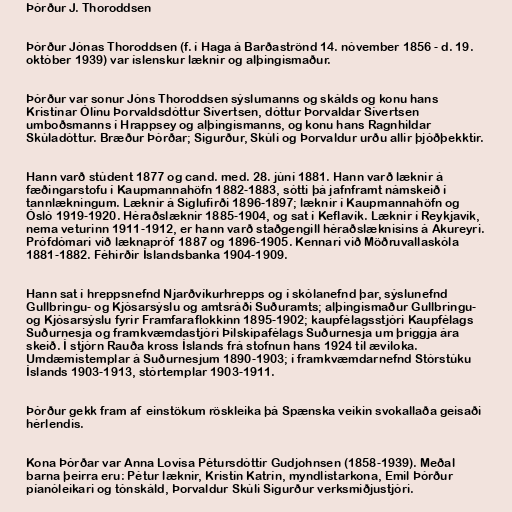
Þórður J. Thoroddsen

Þórður Jónas Thoroddsen (f. í Haga á Barðaströnd 14. nóvember 1856 - d. 19.
október 1939) var íslenskur læknir og alþingismaður.

Þórður var sonur Jóns Thoroddsen sýslumanns og skálds og konu hans
Kristínar Ólínu Þorvaldsdóttur Sívertsen, dóttur Þorvaldar Sívertsen
umboðsmanns í Hrappsey og alþingismanns, og konu hans Ragnhildar
Skúladóttur. Bræður Þórðar; Sigurður, Skúli og Þorvaldur urðu allir þjóðþekktir.

Hann varð stúdent 1877 og cand. med. 28. júní 1881. Hann varð læknir á
fæðingarstofu í Kaupmannahöfn 1882-1883, sótti þá jafnframt námskeið í
tannlækningum. Læknir á Siglufirði 1896-1897; læknir í Kaupmannahöfn og
Ósló 1919-1920. Héraðslæknir 1885-1904, og sat í Keflavík. Læknir í Reykjavík,
nema veturinn 1911-1912, er hann varð staðgengill héraðslæknisins á Akureyri.
Prófdómari við læknapróf 1887 og 1896-1905. Kennari við Möðruvallaskóla
1881-1882. Féhirðir Íslandsbanka 1904-1909.

Hann sat í hreppsnefnd Njarðvíkurhrepps og í skólanefnd þar, sýslunefnd
Gullbringu- og Kjósarsýslu og amtsráði Suðuramts; alþingismaður Gullbringu-
og Kjósarsýslu fyrir Framfaraflokkinn 1895-1902; kaupfélagsstjóri Kaupfélags
Suðurnesja og framkvæmdastjóri Þilskipafélags Suðurnesja um þriggja ára
skeið. Í stjórn Rauða kross Íslands frá stofnun hans 1924 til æviloka.
Umdæmistemplar á Suðurnesjum 1890-1903; í framkvæmdarnefnd Stórstúku
Íslands 1903-1913, stórtemplar 1903-1911.

Þórður gekk fram af einstökum röskleika þá Spænska veikin svokallaða geisaði
hérlendis.

Kona Þórðar var Anna Lovísa Pétursdóttir Gudjohnsen (1858-1939). Meðal
barna þeirra eru: Pétur læknir, Kristín Katrín, myndlistarkona, Emil Þórður
píanóleikari og tónskáld, Þorvaldur Skúli Sigurður verksmiðjustjóri.